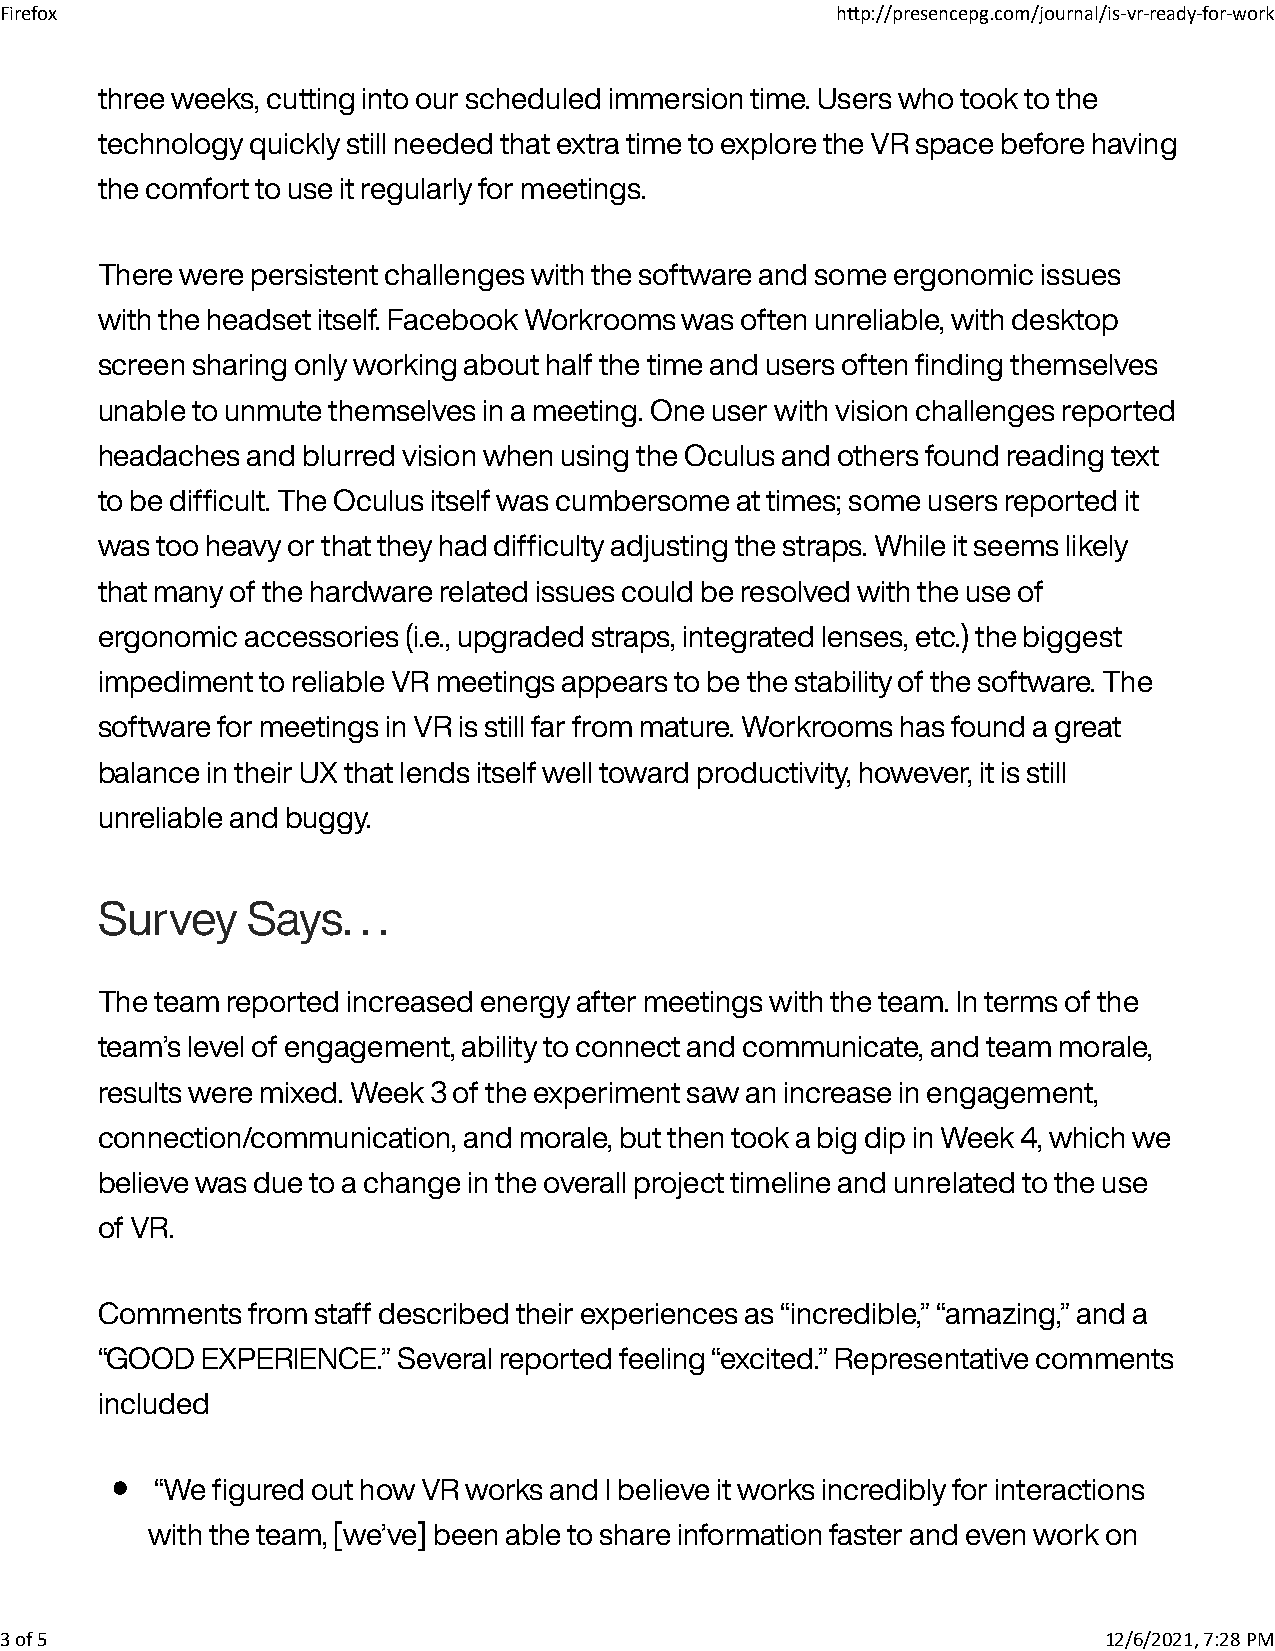
Firefox                                                h�p://presencepg.com/journal/is-vr-ready-for-work
 three weeks, cutting into our scheduled immersion time. Users who took to the
 technology quickly still needed that extra time to explore the VR space before having
 the comfort to use it regularly for meetings.
 There were persistent challenges with the software and some ergonomic issues
 with the headset itself. Facebook Workrooms was often unreliable, with desktop
 screen sharing only working about half the time and users often finding themselves
 unable to unmute themselves in a meeting. One user with vision challenges reported
 headaches and blurred vision when using the Oculus and others found reading text
 to be difficult. The Oculus itself was cumbersome at times; some users reported it
 was too heavy or that they had difficulty adjusting the straps. While it seems likely
 that many of the hardware related issues could be resolved with the use of
 ergonomic accessories (i.e., upgraded straps, integrated lenses, etc.) the biggest
 impediment to reliable VR meetings appears to be the stability of the software. The
 software for meetings in VR is still far from mature. Workrooms has found a great
 balance in their UX that lends itself well toward productivity, however, it is still
 unreliable and buggy.
 Survey    Says.   . .
 The team reported increased energy after meetings with the team. In terms of the
 team’s level of engagement, ability to connect and communicate, and team morale,
 results were mixed. Week 3 of the experiment saw an increase in engagement,
 connection/communication, and morale, but then took a big dip in Week 4, which we
 believe was due to a change in the overall project timeline and unrelated to the use
 of VR.
 Comments  from staff described their experiences as “incredible,” “amazing,” and a
 “GOOD  EXPERIENCE.” Several reported feeling “excited.” Representative comments
 included
 •
 “We figured out how VR works and I believe it works incredibly for interactions
 with the team, [we’ve] been able to share information faster and even work on
 3 of 5                                                                   12/6/2021, 7:28 PM